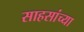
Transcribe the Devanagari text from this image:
साहसांच्या